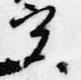
実